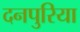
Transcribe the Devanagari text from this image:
दनपुरिया